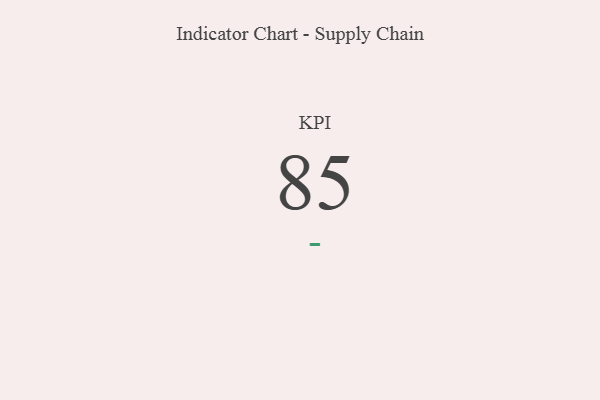
{"axis": {"x": "KPI", "y": "Value"}, "legend": [""], "data": [{"x": "KPI", "y": 85, "type": ""}]}